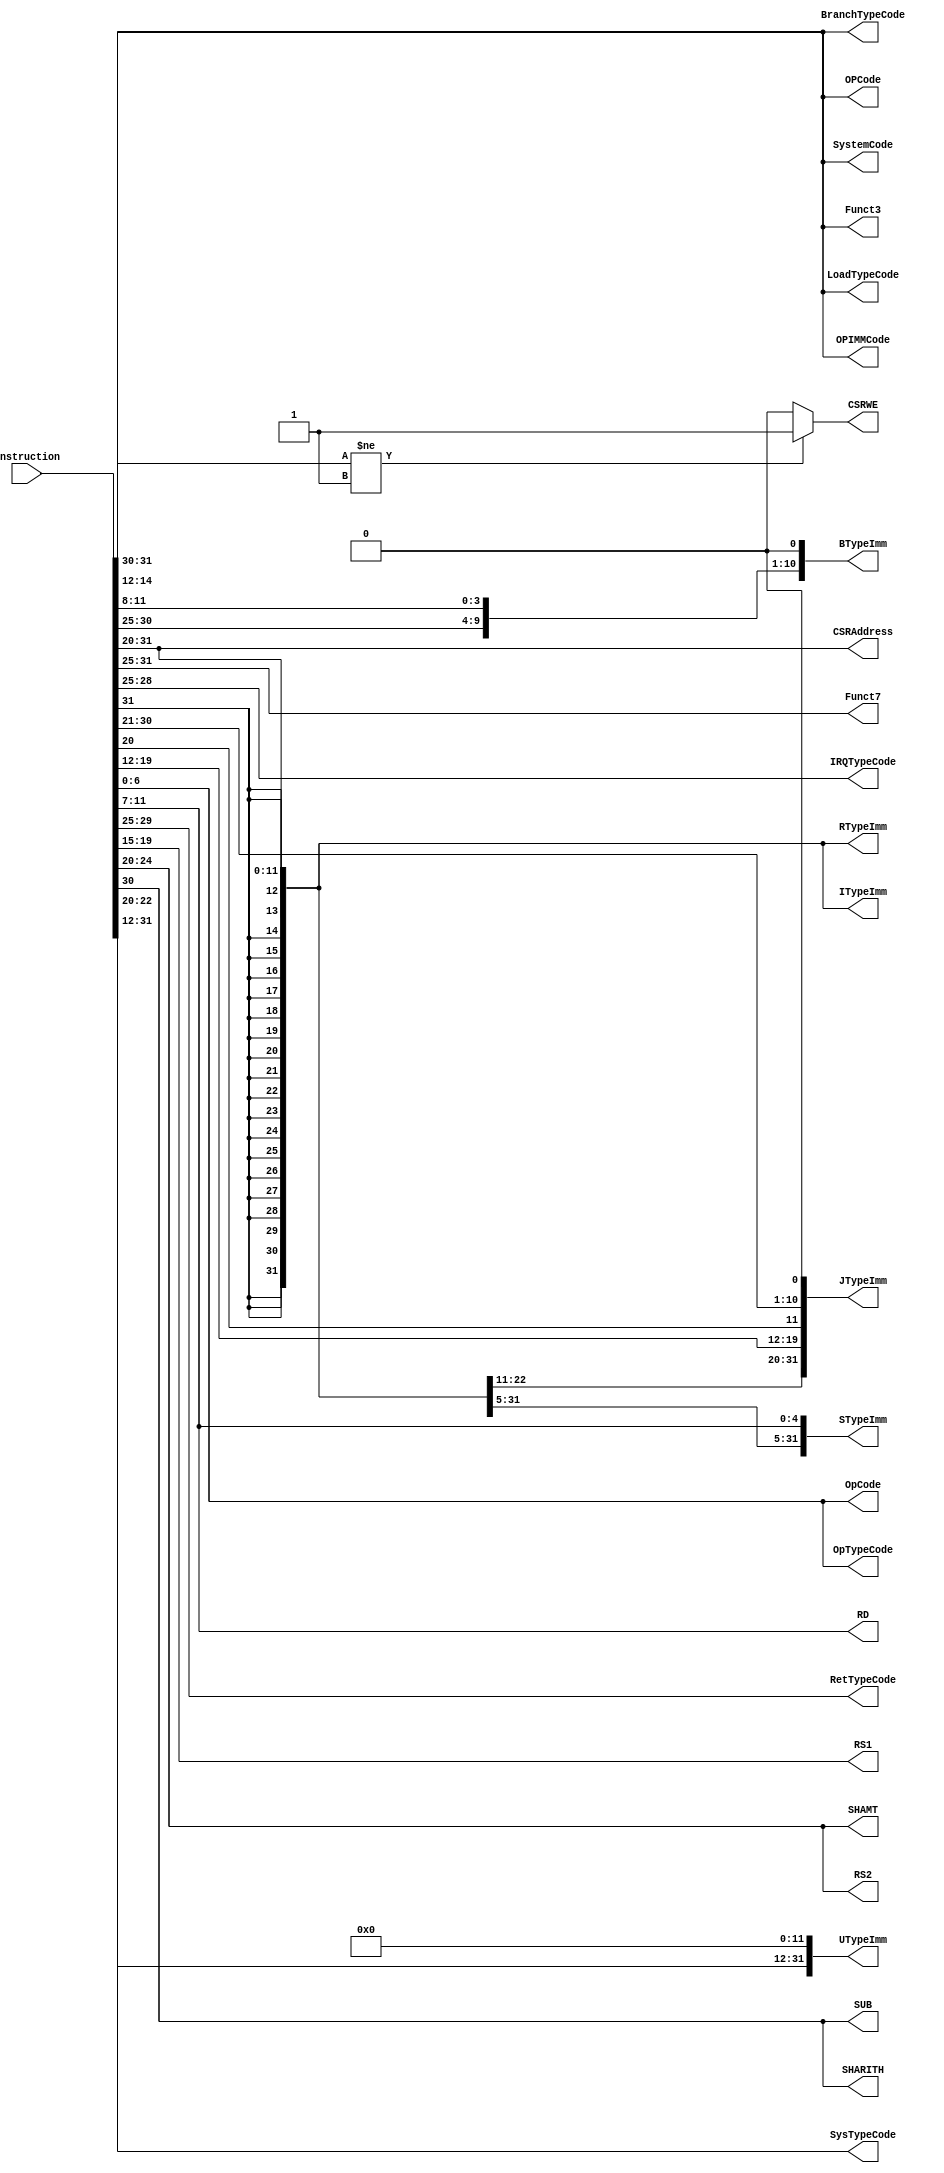
`timescale 1ns/1ps
`default_nettype none
// PLEASE READ THIS, IT MAY SAVE YOU SOME TIME AND MONEY, THANK YOU!
// * This file was generated by Quokka FPGA Toolkit.
// * Generated code is your property, do whatever you want with it
// * Place custom code between [BEGIN USER ***] and [END USER ***].
// * CAUTION: All code outside of [USER] scope is subject to regeneration.
// * Bad things happen sometimes in developer's life,
//   it is recommended to use source control management software (e.g. git, bzr etc) to keep your custom code safe'n'sound.
// * Internal structure of code is subject to change.
//   You can use some of signals in custom code, but most likely they will not exist in future (e.g. will get shorter or gone completely)
// * Please send your feedback, comments, improvement ideas etc. to evmuryshkin@gmail.com
// * Visit https://github.com/EvgenyMuryshkin/QuokkaEvaluation to access latest version of playground
//
// DISCLAIMER:
//   Code comes AS-IS, it is your responsibility to make sure it is working as expected
//   no responsibility will be taken for any loss or damage caused by use of Quokka toolkit.
//
// System configuration name is DefaultRISCVModule_TopLevel_TopLevel_ID, clock frequency is 1Hz, Embedded
// FSM summary
// -- Packages
module DefaultRISCVModule_TopLevel_TopLevel_ID
(
	// [BEGIN USER PORTS]
	// [END USER PORTS]
	input wire [31:0] Instruction,
	output wire [2:0] BranchTypeCode,
	output wire signed [31:0] BTypeImm,
	output wire [11:0] CSRAddress,
	output wire CSRWE,
	output wire [2:0] Funct3,
	output wire [6:0] Funct7,
	output wire [3:0] IRQTypeCode,
	output wire signed [31:0] ITypeImm,
	output wire signed [31:0] JTypeImm,
	output wire [2:0] LoadTypeCode,
	output wire [6:0] OpCode,
	output wire [2:0] OPCode,
	output wire [2:0] OPIMMCode,
	output wire [6:0] OpTypeCode,
	output wire [4:0] RD,
	output wire [4:0] RetTypeCode,
	output wire [4:0] RS1,
	output wire [4:0] RS2,
	output wire signed [31:0] RTypeImm,
	output wire [4:0] SHAMT,
	output wire SHARITH,
	output wire signed [31:0] STypeImm,
	output wire SUB,
	output wire [2:0] SystemCode,
	output wire [2:0] SysTypeCode,
	output wire signed [31:0] UTypeImm
);
	// [BEGIN USER SIGNALS]
	// [END USER SIGNALS]
	localparam HiSignal = 1'b1;
	localparam LoSignal = 1'b0;
	wire Zero = 1'b0;
	wire One = 1'b1;
	wire true = 1'b1;
	wire false = 1'b0;
	wire InstructionDecoders_L20F42T43_Expr = 1'b0;
	wire InstructionDecoders_L30F134T139_Expr = 1'b0;
	wire [1: 0] InstructionDecoders_L48F54T55_Expr = 2'b11;
	wire InstructionDecoders_L32F136T141_Expr = 1'b0;
	wire [31: 0] Inputs_Instruction;
	wire [31: 0] internalBits;
	wire [2: 0] internalFunct3;
	wire [6: 0] internalFunct7;
	wire signed [31: 0] internalITypeImm;
	wire [6: 0] internalOpCode;
	wire [4: 0] internalRS2;
	wire signed [31: 0] ZeroU32;
	wire [2: 0] InstructionDecoders_L16F49T69_Index;
	wire [6: 0] InstructionDecoders_L17F49T69_Index;
	wire [11: 0] InstructionDecoders_L14F67T87_Index;
	wire signed [11: 0] InstructionDecoders_L14F51T97_SignChange;
	wire signed [31: 0] InstructionDecoders_L14F51T109_Resize;
	wire [6: 0] InstructionDecoders_L15F49T67_Index;
	wire [4: 0] InstructionDecoders_L18F46T66_Index;
	wire [7: 0] InstructionDecoders_L41F67T87_Cast;
	wire [2: 0] InstructionDecoders_L41F50T87_Cast;
	wire InstructionDecoders_L30F56T72_Index;
	wire InstructionDecoders_L30F74T89_Index;
	wire [5: 0] InstructionDecoders_L30F91T111_Index;
	wire [3: 0] InstructionDecoders_L30F113T132_Index;
	wire [12: 0] InstructionDecoders_L30F40T140_Source;
	wire signed [12: 0] InstructionDecoders_L30F40T149_SignChange;
	wire signed [31: 0] InstructionDecoders_L30F40T161_Resize;
	wire [11: 0] InstructionDecoders_L47F57T77_Index;
	wire [15: 0] InstructionDecoders_L47F49T77_Cast;
	wire [11: 0] InstructionDecoders_L47F39T77_Cast;
	wire [1: 0] InstructionDecoders_L48F30T50_Index;
	wire [7: 0] InstructionDecoders_L45F58T78_Cast;
	wire [3: 0] InstructionDecoders_L45F44T78_Cast;
	wire [11: 0] InstructionDecoders_L28F56T76_Index;
	wire signed [11: 0] InstructionDecoders_L28F40T86_SignChange;
	wire signed [31: 0] InstructionDecoders_L28F40T98_Resize;
	wire InstructionDecoders_L32F56T72_Index;
	wire [7: 0] InstructionDecoders_L32F74T94_Index;
	wire InstructionDecoders_L32F96T112_Index;
	wire [9: 0] InstructionDecoders_L32F114T134_Index;
	wire [20: 0] InstructionDecoders_L32F40T142_Source;
	wire signed [20: 0] InstructionDecoders_L32F40T151_SignChange;
	wire signed [31: 0] InstructionDecoders_L32F40T163_Resize;
	wire [7: 0] InstructionDecoders_L42F61T81_Cast;
	wire [2: 0] InstructionDecoders_L42F46T81_Cast;
	wire [7: 0] InstructionDecoders_L40F43T63_Cast;
	wire [2: 0] InstructionDecoders_L40F34T63_Cast;
	wire [7: 0] InstructionDecoders_L39F52T72_Cast;
	wire [2: 0] InstructionDecoders_L39F40T72_Cast;
	wire [7: 0] InstructionDecoders_L38F55T75_Cast;
	wire [6: 0] InstructionDecoders_L38F42T75_Cast;
	wire [4: 0] InstructionDecoders_L22F34T53_Index;
	wire [7: 0] InstructionDecoders_L44F58T78_Cast;
	wire [4: 0] InstructionDecoders_L44F44T78_Cast;
	wire [4: 0] InstructionDecoders_L23F35T55_Index;
	wire [11: 0] InstructionDecoders_L27F56T76_Index;
	wire signed [11: 0] InstructionDecoders_L27F40T86_SignChange;
	wire signed [31: 0] InstructionDecoders_L27F40T98_Resize;
	wire [4: 0] InstructionDecoders_L34F37T59_Index;
	wire InstructionDecoders_L35F32T52_Index;
	wire [6: 0] InstructionDecoders_L29F56T76_Index;
	wire [4: 0] InstructionDecoders_L29F78T97_Index;
	wire [11: 0] InstructionDecoders_L29F40T98_Source;
	wire signed [11: 0] InstructionDecoders_L29F40T107_SignChange;
	wire signed [31: 0] InstructionDecoders_L29F40T119_Resize;
	wire InstructionDecoders_L36F28T48_Index;
	wire [7: 0] InstructionDecoders_L46F55T75_Cast;
	wire [2: 0] InstructionDecoders_L46F42T75_Cast;
	wire [7: 0] InstructionDecoders_L43F58T75_Cast;
	wire [2: 0] InstructionDecoders_L43F44T75_Cast;
	wire [19: 0] InstructionDecoders_L31F56T76_Index;
	wire [11: 0] InstructionDecoders_L31F78T92_Index;
	wire [31: 0] InstructionDecoders_L31F40T93_Source;
	wire signed [31: 0] InstructionDecoders_L31F40T102_SignChange;
	wire signed [31: 0] InstructionDecoders_L31F40T114_Resize;
	wire InstructionDecoders_L48F30T55_Expr;
	wire signed [2: 0] InstructionDecoders_L48F30T55_ExprLhs;
	wire signed [2: 0] InstructionDecoders_L48F30T55_ExprRhs;
	assign InstructionDecoders_L48F30T55_Expr = InstructionDecoders_L48F30T55_ExprLhs != InstructionDecoders_L48F30T55_ExprRhs ? 1'b1 : 1'b0;
	assign InstructionDecoders_L48F30T55_ExprLhs = { 1'b0, InstructionDecoders_L48F30T50_Index };
	assign InstructionDecoders_L48F30T55_ExprRhs = { 1'b0, InstructionDecoders_L48F54T55_Expr };
	assign Inputs_Instruction = Instruction;
	assign internalBits = Inputs_Instruction;
	assign InstructionDecoders_L16F49T69_Index = internalBits[14:12];
	assign internalFunct3 = InstructionDecoders_L16F49T69_Index;
	assign InstructionDecoders_L17F49T69_Index = internalBits[31:25];
	assign internalFunct7 = InstructionDecoders_L17F49T69_Index;
	assign InstructionDecoders_L14F67T87_Index = internalBits[31:20];
	assign InstructionDecoders_L14F51T97_SignChange = InstructionDecoders_L14F67T87_Index;
	assign InstructionDecoders_L14F51T109_Resize = { {20{InstructionDecoders_L14F51T97_SignChange[11]}}, InstructionDecoders_L14F51T97_SignChange };
	assign internalITypeImm = InstructionDecoders_L14F51T109_Resize;
	assign InstructionDecoders_L15F49T67_Index = internalBits[6:0];
	assign internalOpCode = InstructionDecoders_L15F49T67_Index;
	assign InstructionDecoders_L18F46T66_Index = internalBits[24:20];
	assign internalRS2 = InstructionDecoders_L18F46T66_Index;
	assign ZeroU32 = { {31{1'b0}}, InstructionDecoders_L20F42T43_Expr };
	assign InstructionDecoders_L41F67T87_Cast = { {5{1'b0}}, internalFunct3 };
	assign InstructionDecoders_L41F50T87_Cast = InstructionDecoders_L41F67T87_Cast[2:0];
	assign BranchTypeCode = InstructionDecoders_L41F50T87_Cast;
	assign InstructionDecoders_L30F56T72_Index = internalBits[31];
	assign InstructionDecoders_L30F74T89_Index = internalBits[7];
	assign InstructionDecoders_L30F91T111_Index = internalBits[30:25];
	assign InstructionDecoders_L30F113T132_Index = internalBits[11:8];
	assign InstructionDecoders_L30F40T140_Source = { InstructionDecoders_L30F56T72_Index, InstructionDecoders_L30F74T89_Index, InstructionDecoders_L30F91T111_Index, InstructionDecoders_L30F113T132_Index, InstructionDecoders_L30F134T139_Expr };
	assign InstructionDecoders_L30F40T149_SignChange = InstructionDecoders_L30F40T140_Source;
	assign InstructionDecoders_L30F40T161_Resize = { {19{InstructionDecoders_L30F40T149_SignChange[12]}}, InstructionDecoders_L30F40T149_SignChange };
	assign BTypeImm = InstructionDecoders_L30F40T161_Resize;
	assign InstructionDecoders_L47F57T77_Index = internalBits[31:20];
	assign InstructionDecoders_L47F49T77_Cast = { {4{1'b0}}, InstructionDecoders_L47F57T77_Index };
	assign InstructionDecoders_L47F39T77_Cast = InstructionDecoders_L47F49T77_Cast[11:0];
	assign CSRAddress = InstructionDecoders_L47F39T77_Cast;
	assign InstructionDecoders_L48F30T50_Index = internalBits[31:30];
	assign CSRWE = InstructionDecoders_L48F30T55_Expr;
	assign Funct3 = internalFunct3;
	assign Funct7 = internalFunct7;
	assign InstructionDecoders_L45F58T78_Cast = { 1'b0, internalFunct7 };
	assign InstructionDecoders_L45F44T78_Cast = InstructionDecoders_L45F58T78_Cast[3:0];
	assign IRQTypeCode = InstructionDecoders_L45F44T78_Cast;
	assign InstructionDecoders_L28F56T76_Index = internalBits[31:20];
	assign InstructionDecoders_L28F40T86_SignChange = InstructionDecoders_L28F56T76_Index;
	assign InstructionDecoders_L28F40T98_Resize = { {20{InstructionDecoders_L28F40T86_SignChange[11]}}, InstructionDecoders_L28F40T86_SignChange };
	assign ITypeImm = InstructionDecoders_L28F40T98_Resize;
	assign InstructionDecoders_L32F56T72_Index = internalBits[31];
	assign InstructionDecoders_L32F74T94_Index = internalBits[19:12];
	assign InstructionDecoders_L32F96T112_Index = internalBits[20];
	assign InstructionDecoders_L32F114T134_Index = internalBits[30:21];
	assign InstructionDecoders_L32F40T142_Source = { InstructionDecoders_L32F56T72_Index, InstructionDecoders_L32F74T94_Index, InstructionDecoders_L32F96T112_Index, InstructionDecoders_L32F114T134_Index, InstructionDecoders_L32F136T141_Expr };
	assign InstructionDecoders_L32F40T151_SignChange = InstructionDecoders_L32F40T142_Source;
	assign InstructionDecoders_L32F40T163_Resize = { {11{InstructionDecoders_L32F40T151_SignChange[20]}}, InstructionDecoders_L32F40T151_SignChange };
	assign JTypeImm = InstructionDecoders_L32F40T163_Resize;
	assign InstructionDecoders_L42F61T81_Cast = { {5{1'b0}}, internalFunct3 };
	assign InstructionDecoders_L42F46T81_Cast = InstructionDecoders_L42F61T81_Cast[2:0];
	assign LoadTypeCode = InstructionDecoders_L42F46T81_Cast;
	assign OpCode = internalOpCode;
	assign InstructionDecoders_L40F43T63_Cast = { {5{1'b0}}, internalFunct3 };
	assign InstructionDecoders_L40F34T63_Cast = InstructionDecoders_L40F43T63_Cast[2:0];
	assign OPCode = InstructionDecoders_L40F34T63_Cast;
	assign InstructionDecoders_L39F52T72_Cast = { {5{1'b0}}, internalFunct3 };
	assign InstructionDecoders_L39F40T72_Cast = InstructionDecoders_L39F52T72_Cast[2:0];
	assign OPIMMCode = InstructionDecoders_L39F40T72_Cast;
	assign InstructionDecoders_L38F55T75_Cast = { 1'b0, internalOpCode };
	assign InstructionDecoders_L38F42T75_Cast = InstructionDecoders_L38F55T75_Cast[6:0];
	assign OpTypeCode = InstructionDecoders_L38F42T75_Cast;
	assign InstructionDecoders_L22F34T53_Index = internalBits[11:7];
	assign RD = InstructionDecoders_L22F34T53_Index;
	assign InstructionDecoders_L44F58T78_Cast = { 1'b0, internalFunct7 };
	assign InstructionDecoders_L44F44T78_Cast = InstructionDecoders_L44F58T78_Cast[4:0];
	assign RetTypeCode = InstructionDecoders_L44F44T78_Cast;
	assign InstructionDecoders_L23F35T55_Index = internalBits[19:15];
	assign RS1 = InstructionDecoders_L23F35T55_Index;
	assign RS2 = internalRS2;
	assign InstructionDecoders_L27F56T76_Index = internalBits[31:20];
	assign InstructionDecoders_L27F40T86_SignChange = InstructionDecoders_L27F56T76_Index;
	assign InstructionDecoders_L27F40T98_Resize = { {20{InstructionDecoders_L27F40T86_SignChange[11]}}, InstructionDecoders_L27F40T86_SignChange };
	assign RTypeImm = InstructionDecoders_L27F40T98_Resize;
	assign InstructionDecoders_L34F37T59_Index = internalITypeImm[4:0];
	assign SHAMT = InstructionDecoders_L34F37T59_Index;
	assign InstructionDecoders_L35F32T52_Index = internalITypeImm[10];
	assign SHARITH = InstructionDecoders_L35F32T52_Index;
	assign InstructionDecoders_L29F56T76_Index = internalBits[31:25];
	assign InstructionDecoders_L29F78T97_Index = internalBits[11:7];
	assign InstructionDecoders_L29F40T98_Source = { InstructionDecoders_L29F56T76_Index, InstructionDecoders_L29F78T97_Index };
	assign InstructionDecoders_L29F40T107_SignChange = InstructionDecoders_L29F40T98_Source;
	assign InstructionDecoders_L29F40T119_Resize = { {20{InstructionDecoders_L29F40T107_SignChange[11]}}, InstructionDecoders_L29F40T107_SignChange };
	assign STypeImm = InstructionDecoders_L29F40T119_Resize;
	assign InstructionDecoders_L36F28T48_Index = internalITypeImm[10];
	assign SUB = InstructionDecoders_L36F28T48_Index;
	assign InstructionDecoders_L46F55T75_Cast = { {5{1'b0}}, internalFunct3 };
	assign InstructionDecoders_L46F42T75_Cast = InstructionDecoders_L46F55T75_Cast[2:0];
	assign SystemCode = InstructionDecoders_L46F42T75_Cast;
	assign InstructionDecoders_L43F58T75_Cast = { {3{1'b0}}, internalRS2 };
	assign InstructionDecoders_L43F44T75_Cast = InstructionDecoders_L43F58T75_Cast[2:0];
	assign SysTypeCode = InstructionDecoders_L43F44T75_Cast;
	assign InstructionDecoders_L31F56T76_Index = internalBits[31:12];
	assign InstructionDecoders_L31F78T92_Index = ZeroU32[11:0];
	assign InstructionDecoders_L31F40T93_Source = { InstructionDecoders_L31F56T76_Index, InstructionDecoders_L31F78T92_Index };
	assign InstructionDecoders_L31F40T102_SignChange = InstructionDecoders_L31F40T93_Source;
	assign InstructionDecoders_L31F40T114_Resize = InstructionDecoders_L31F40T102_SignChange;
	assign UTypeImm = InstructionDecoders_L31F40T114_Resize;
	// [BEGIN USER ARCHITECTURE]
	// [END USER ARCHITECTURE]
endmodule